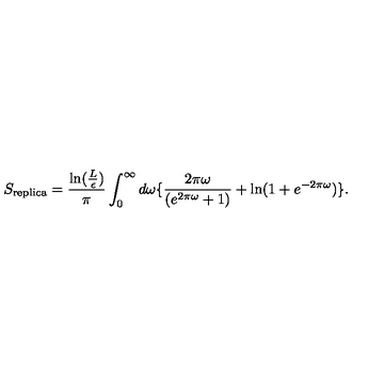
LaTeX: S _ { \mathrm { r e p l i c a } } = { \frac { \mathrm { l n } ( { \frac { L } { \epsilon } } ) } { \pi } } \int _ { 0 } ^ { \infty } d \omega \{ { \frac { 2 \pi \omega } { ( e ^ { 2 \pi \omega } + 1 ) } } + \mathrm { l n } ( 1 + e ^ { - 2 \pi \omega } ) \} .